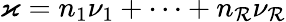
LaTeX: \varkappa=n_{1}\nu_{1}+\dots+n_{\mathcal{R}}\nu_{\mathcal{R}}